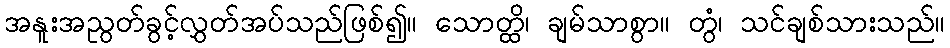
အနူးအညွတ်ခွင့်လွှတ်အပ်သည်ဖြစ်၍။ သောတ္ထိ၊ ချမ်သာစွာ။ တွံ၊ သင်ချစ်သားသည်။